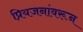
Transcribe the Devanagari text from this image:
प्रियजनांवरून